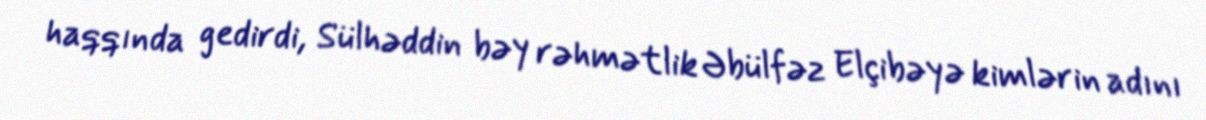
haqqında gedirdi, Sülhəddin bəy rəhmətlik Əbülfəz Elçibəyə kimlərin adını